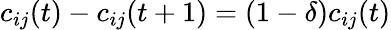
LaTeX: c_{ij}(t)-c_{ij}(t+1)=(1-\delta)c_{ij}(t)